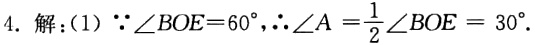
4. 解：(1) \(\because\angle BOE = 60^{\circ},\therefore\angle A=\frac{1}{2}\angle BOE = 30^{\circ}\).